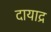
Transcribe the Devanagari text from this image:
दायाद्र